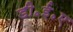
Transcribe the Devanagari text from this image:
डी॰ई॰ए